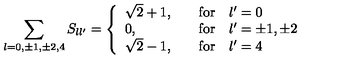
\sum _ { l = 0 , \pm 1 , \pm 2 , 4 } S _ { l l ^ { \prime } } = \left\{ \begin{array} { l l } { \sqrt { 2 } + 1 , } & { \quad \mathrm { f o r } \quad l ^ { \prime } = 0 } \\ { 0 , } & { \quad \mathrm { f o r } \quad l ^ { \prime } = \pm 1 , \pm 2 } \\ { \sqrt { 2 } - 1 , } & { \quad \mathrm { f o r } \quad l ^ { \prime } = 4 } \\ \end{array} \right.